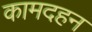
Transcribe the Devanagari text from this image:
कामदहन